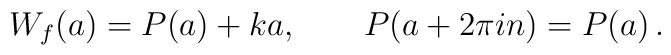
W_f(a)= P(a)+ka, \qquad P(a+2\pi in)=P(a)\,.